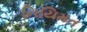
નિયિમત